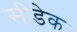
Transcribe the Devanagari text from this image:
सीडेक